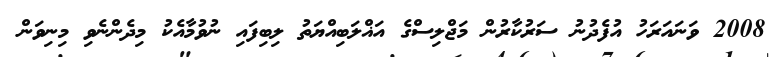
2008 ވަނައަރަހު އުފެދުނު ސަރުކާރުން މަޖްލިސްގެ އަޣްލަބިއްޔަތު ލިބިފައި ނުވުމާއެކު މިދެންނެވި މިނިވަން